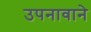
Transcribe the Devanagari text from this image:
उपनावाने